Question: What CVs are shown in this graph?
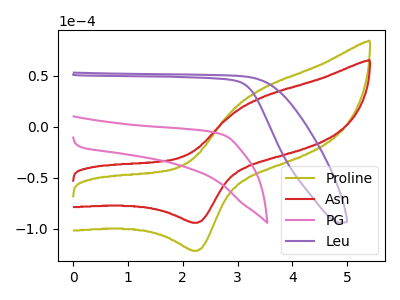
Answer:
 <answer>The olive curve is labeled "Proline". The red curve is labeled "Asn". The pink curve is labeled "PG". The purple curve is labeled "Leu".</answer>
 <eval></eval>